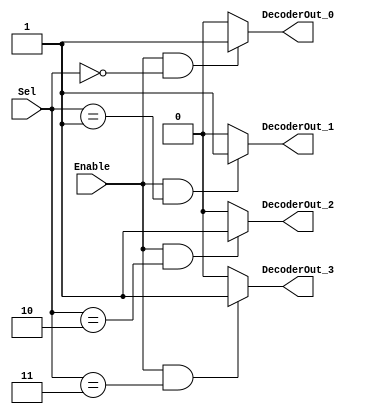
/******************************************************************************
 ** Logisim goes FPGA automatic generated Verilog code                       **
 **                                                                          **
 ** Component : Decoder_4                                                    **
 **                                                                          **
 ******************************************************************************/

`timescale 1ns/1ps
module Decoder_4( Enable,
                  Sel,
                  DecoderOut_0,
                  DecoderOut_1,
                  DecoderOut_2,
                  DecoderOut_3);

   /***************************************************************************
    ** Here the inputs are defined                                           **
    ***************************************************************************/
   input  Enable;
   input[1:0]  Sel;

   /***************************************************************************
    ** Here the outputs are defined                                          **
    ***************************************************************************/
   output DecoderOut_0;
   output DecoderOut_1;
   output DecoderOut_2;
   output DecoderOut_3;
   assign DecoderOut_0  = (Enable&(Sel == 2'b00)) ? 1'b1 : 1'b0;
   assign DecoderOut_1  = (Enable&(Sel == 2'b01)) ? 1'b1 : 1'b0;
   assign DecoderOut_2  = (Enable&(Sel == 2'b10)) ? 1'b1 : 1'b0;
   assign DecoderOut_3  = (Enable&(Sel == 2'b11)) ? 1'b1 : 1'b0;

endmodule